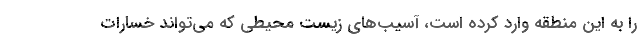
را به این منطقه وارد کرده است، آسیب‌های زیست محیطی که می‌تواند خسارات